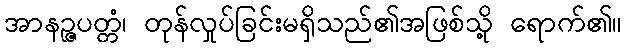
အာနဉ္ဇပတ္တံ၊ တုန်လှုပ်ခြင်းမရှိသည်၏အဖြစ်သို့ ရောက်၏။